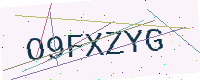
Text: O9FXZYG